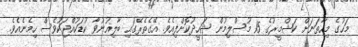
މަހުގެ މިހާތަނަށް ކަޝްމީރުގެ 15 މުސްލިމުން ޝަހީދުކޮށްފިއެވެ. އޭގެތެރޭގައި ބާލިޣުނުވާ ކުޑަކުއްޖަކުވެސް ހިމެނެއެވެ.